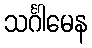
သင်္ဂါမေန